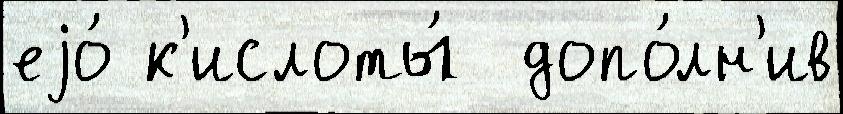
еjо́ к'ислоты́  допо́лн'ив